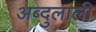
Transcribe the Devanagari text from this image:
अब्दुलाली